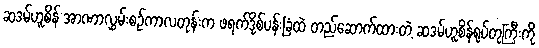
ဆဒမ်ဟူစိန် အာဏာလွှမ်းစဉ်ကာလတုန်းက ဖရက်ဒို့စ်ပန်းခြံထဲ တည်ဆောက်ထားတဲ့ ဆဒမ်ဟူစိန်ရုပ်တုကြီးကို